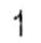
1